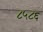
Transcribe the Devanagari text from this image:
८५८६